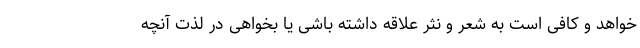
‌خواهد و کافی است به شعر و نثر علاقه داشته باشی یا بخواهی در لذت آنچه